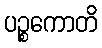
ပဉ္စကောတိ